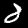
Label: 8